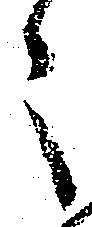
々